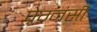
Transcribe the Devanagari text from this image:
प्रेग्नंसी